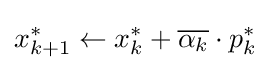
x_{k+1}^{*}\leftarrow x_{k}^{*}+{\overline {\alpha _{k}}}\cdot p_{k}^{*}